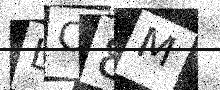
Text: LC8M